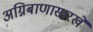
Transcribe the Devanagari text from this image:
अग्निबाणासारखे